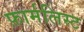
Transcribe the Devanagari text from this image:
फ़ार्मलिस्ट